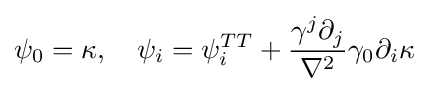
\psi _{0}=\kappa ,\quad \psi _{i}=\psi _{i}^{TT}+{\frac {\gamma ^{j}\partial _{j}}{\nabla ^{2}}}\gamma _{0}\partial _{i}\kappa